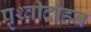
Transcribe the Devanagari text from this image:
पृथ्वीदोहन